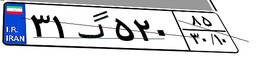
۵۹گ۹۵۸۱۳